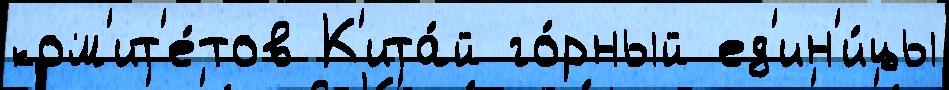
ком'ит'е́тов К'ита́й го́рный ед'ин'и́цы